Statistics compiled by the Government of India from the reports of provincial Civil Veterinary Departments
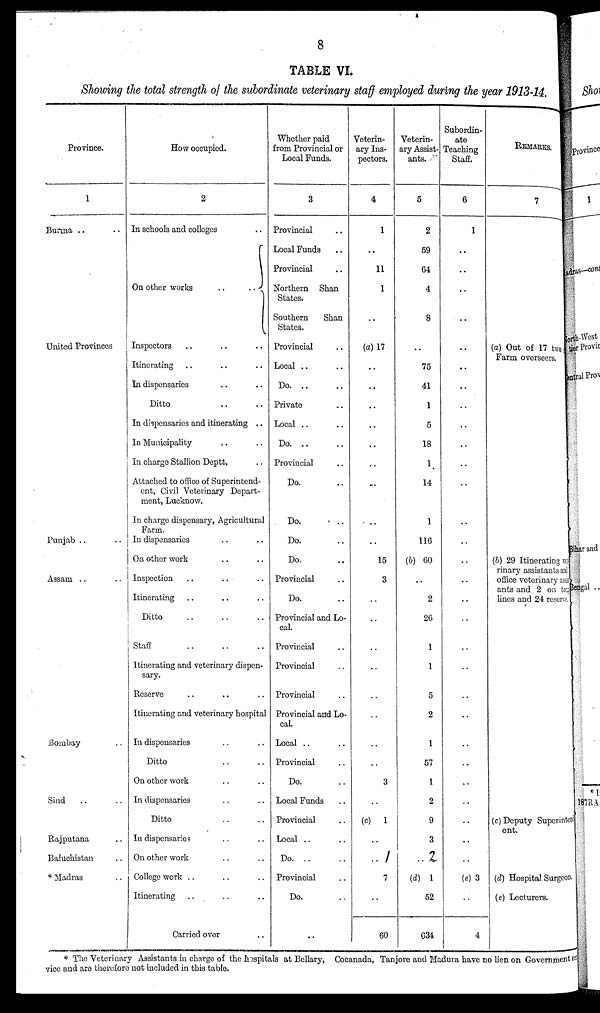
8
TABLE VI.
Showing the total strength of the subordinate veterinary staff employed during the year 1913-14.
Province.
1
Burma .. ..
United Provinces
Punjab .. ..
Assam .. ..
Bombay ..
Sind .. ..
Rajputana ..
Baluchistan ..
* Madras ..
How occupied.
2
In schools and colleges ..
On other works
..
..
Inspectors .. .. ..
Itinerating .. .. ..
In dispensaries .. ..
Ditto .. ..
In dispensaries and itinerating ..
In Municipality .. ..
In charge Stallion Deptt. ..
Attached to office of Superintend-
ent, Civil Veterinary Depart-
ment, Lucknow.
In charge dispensary, Agricultural
Farm.
In dispensaries .. ..
On other work .. ..
Inspection .. .. ..
Itinerating .. .. ..
Ditto .. .. ..
Staff
..
..
..
Itinerating and veterinary dispen-
sary.
Reserve .. .. ..
Itinerating and veterinary hospital
In dispensaries .. ..
Ditto .. ..
On other work .. ..
In dispensaries .. ..
Ditto .. ..
In dispensaries .. ..
On other work .. ..
College work .. ..
Itinerating .. .. ..
Carried over ..
Whether paid
from Provincial or
Local Funds.
3
Provincial ..
Local Funds ..
Provincial ..
Northern Shan
States.
Southern
Shan
States.
Provincial ..
Local .. ..
Do.
..
..
Private ..
Local .. ..
Do.
..
..
Provincial ..
Do. ..
Do. ..
Do. ..
Do. ..
Provincial ..
Do. ..
Provincial and Lo-
cal.
Provincial ..
Provincial ..
Provincial ..
Provincial and Lo-
cal.
Local .. ..
Provincial ..
Do. ..
Local Funds ..
Provincial ..
Local .. ..
Do
..
..
Provincial ..
Do. ..
..
Veterin-
ary Ins-
pectors.
4
1
..
11
1
..
(a) 17
..
..
..
..
..
..
..
..
..
15
3
..
..
..
..
..
..
..
..
3
..
(c) 1
..
..
7
..
60
Veterin-
ary Assist-
ants.
5
2
59
64
4
8
75
41
1
5
18
1
14
1
116
(b) 60
..
2
26
1
1
5
2
1
57
1
2
9
3
..
(d) 1
52
634
Subordin-
ate
Teaching
Staff.
6
1
..
..
..
..
..
..
..
..
..
..
..
..
..
..
..
..
..
..
..
..
..
..
..
..
..
..
..
..
..
(e) 3
..
4
REMARKS.
7
(a) Out of 17 two
Farm overseers.
(b) 29 Itinerating vet i ¬
rinary assistants and
office veterinary ass
ants and 2 on to
lines and 24 reserve.
(c) Deputy Superintend-
ent.
(d) Hospital Surgeon.
(e) Lecturers.
* The Veterinary Assistants in charge of the hospitals at Bellary, Cocanada, Tanjore and Madura have no lien on Government ser¬
vice and are therefore not included in this table.